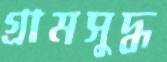
গ্রামসুদ্ধ